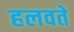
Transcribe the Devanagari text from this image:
हलवते